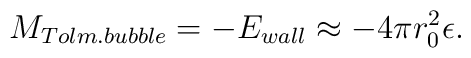
M_{Tolm. bubble} = - E_{wall} \approx -4\pi r_0 ^2 \epsilon.